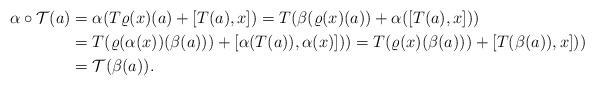
LaTeX: \begin{align*}\alpha\circ \mathcal{T}(a)&=\alpha( T\varrho(x)(a)+[T(a),x])=T(\beta(\varrho(x)(a))+\alpha([T(a),x]))\\&=T(\varrho(\alpha(x))(\beta(a)))+[\alpha(T(a)),\alpha(x)]))=T(\varrho(x)(\beta(a)))+[T(\beta(a)),x]))\\&=\mathcal{T}(\beta(a)).\end{align*}